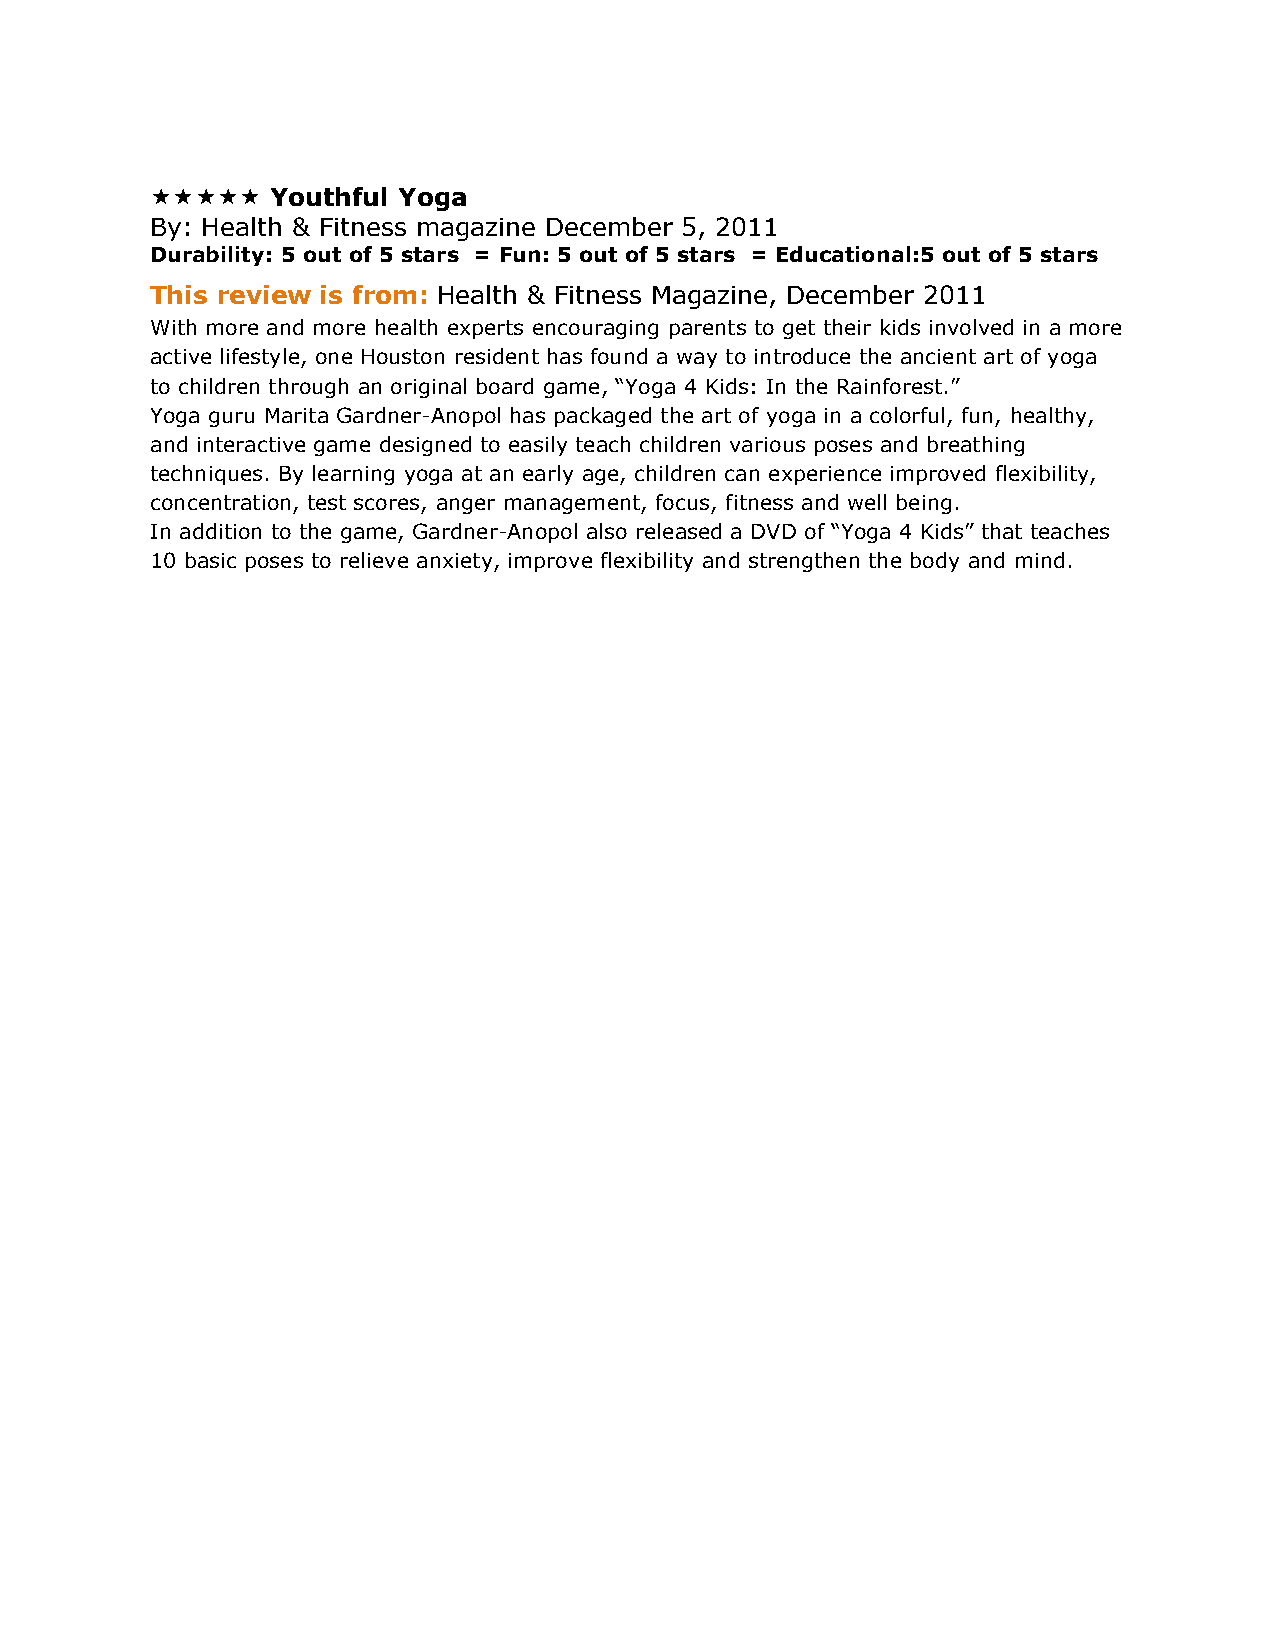
   Youthful Yoga
 By: Health & Fitness magazine December 5, 2011
 Durability: 5 out of 5 stars = Fun: 5 out of 5 stars = Educational:5 out of 5 stars
 This review is from: Health & Fitness Magazine, December 2011
 With more and more health experts encouraging parents to get their kids involved in a more
 active lifestyle, one Houston resident has found a way to introduce the ancient art of yoga
 to children through an original board game, “Yoga 4 Kids: In the Rainforest.”
 Yoga guru Marita Gardner-Anopol has packaged the art of yoga in a colorful, fun, healthy,
 and interactive game designed to easily teach children various poses and breathing
 techniques. By learning yoga at an early age, children can experience improved flexibility,
 concentration, test scores, anger management, focus, fitness and well being.
 In addition to the game, Gardner-Anopol also released a DVD of “Yoga 4 Kids” that teaches
 10 basic poses to relieve anxiety, improve flexibility and strengthen the body and mind.